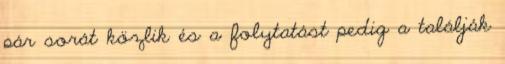
pár sorát közlik és a folytatást pedig a találják